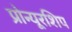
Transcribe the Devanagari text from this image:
प्रोन्‍यूरशिप